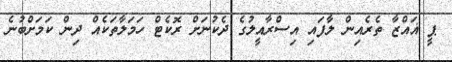
ޕީ ޣައްޒާ ތެރެއިން ލާފައި އިސްރާއީލުގެ ދެކުނަށް ރޮކެޓް ހަމަލާތަކެއް ދިން ކަމަށްބުނެ